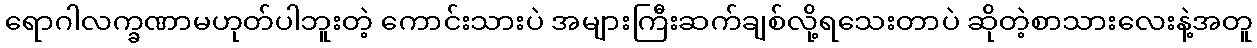
ရောဂါလက္ခဏာမဟုတ်ပါဘူးတဲ့ ကောင်းသားပဲ အများကြီးဆက်ချစ်လို့ရသေးတာပဲ ဆိုတဲ့စာသားလေးနဲ့အတူ